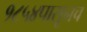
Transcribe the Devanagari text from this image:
१८५४पासूनच